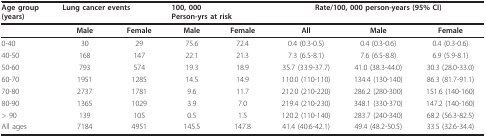
<table><thead><tr><td><b>Age group(years)</b></td><td colspan="2"><b>Lung cancer events</b></td><td colspan="2"><b>100, 000Person-yrs at risk</b></td><td colspan="3"><b>Rate/100, 000 person-years (95% CI)</b></td></tr></thead><tbody><tr><td></td><td><b>Male</b></td><td><b>Female</b></td><td><b>Male</b></td><td><b>Female</b></td><td><b>All</b></td><td><b>Male</b></td><td><b>Female</b></td></tr><tr><td>0-40</td><td>30</td><td>29</td><td>75.6</td><td>72.4</td><td>0.4 (0.3-0.5)</td><td>0.4 (0.3-0.6)</td><td>0.4 (0.3-0.6)</td></tr><tr><td>40-50</td><td>168</td><td>147</td><td>22.1</td><td>21.3</td><td>7.3 (6.5-8.1)</td><td>7.6 (6.5-8.8)</td><td>6.9 (5.9-8.1)</td></tr><tr><td>50-60</td><td>793</td><td>574</td><td>19.3</td><td>18.9</td><td>35.7 (33.9-37.7)</td><td>41.0 (38.3-44.0)</td><td>30.3 (28.0-33.0)</td></tr><tr><td>60-70</td><td>1951</td><td>1285</td><td>14.5</td><td>14.9</td><td>110.0 (110-110)</td><td>134.4 (130-140)</td><td>86.3 (81.7-91.1)</td></tr><tr><td>70-80</td><td>2737</td><td>1781</td><td>9.6</td><td>11.7</td><td>212.0 (210-220)</td><td>286.2 (280-300)</td><td>151.6 (140-160)</td></tr><tr><td>80-90</td><td>1365</td><td>1029</td><td>3.9</td><td>7.0</td><td>219.4 (210-230)</td><td>348.1 (330-370)</td><td>147.2 (140-160)</td></tr><tr><td>&gt; 90</td><td>139</td><td>105</td><td>0.5</td><td>1.5</td><td>120.2 (110-140)</td><td>283.7 (240-340)</td><td>68.2 (56.3-82.5)</td></tr><tr><td>All ages</td><td>7184</td><td>4951</td><td>145.5</td><td>147.8</td><td>41.4 (40.6-42.1)</td><td>49.4 (48.2-50.5)</td><td>33.5 (32.6-34.4)</td></tr></tbody></table>